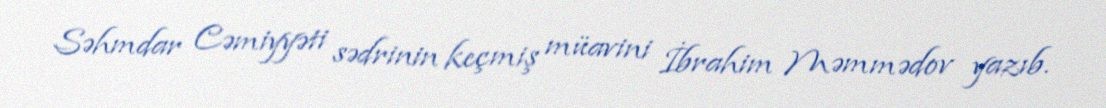
Səhmdar Cəmiyyəti sədrinin keçmiş müavini İbrahim Məmmədov yazıb.